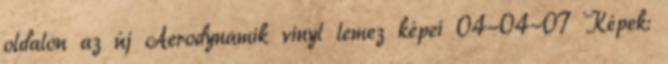
oldalon az új Aerodynamik vinyl lemez képei 04-04-07 Képek: